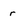
Character: r